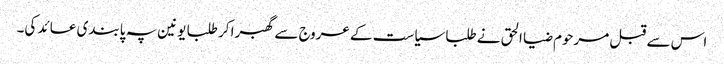
اس سے قبل مرحوم ضیا الحق نے طلبا سیاست کے عروج سے گھبرا کر طلبا یونین پہ پابندی عائد کی۔